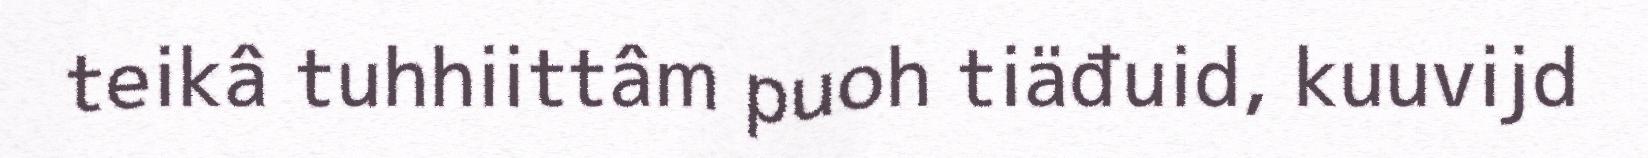
teikâ tuhhiittâm puoh tiäđuid, kuuvijd